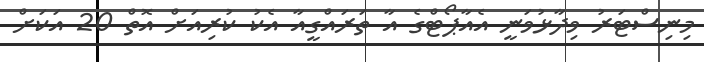
މިނިސްޓަރު ވިދާޅުވަނީ އެއާޕޯޓްގެ އާ ތަރައްގީއާ އެކު ކުރިއަށް އޮތް 20 އަކަށް